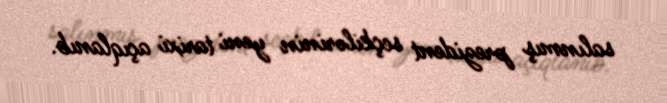
salınmış prezident seçkilərinin yeni tarixi açıqlanıb.